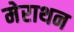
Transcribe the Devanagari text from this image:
मेराथन